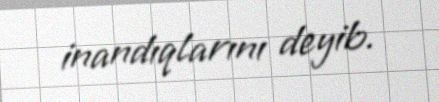
inandıqlarını deyib.